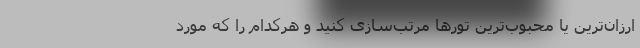
ارزان‌ترین یا محبوب‌ترین تورها مرتب‌سازی کنید و هرکدام را که مورد